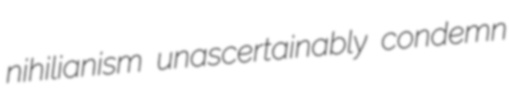
nihilianism unascertainably condemn